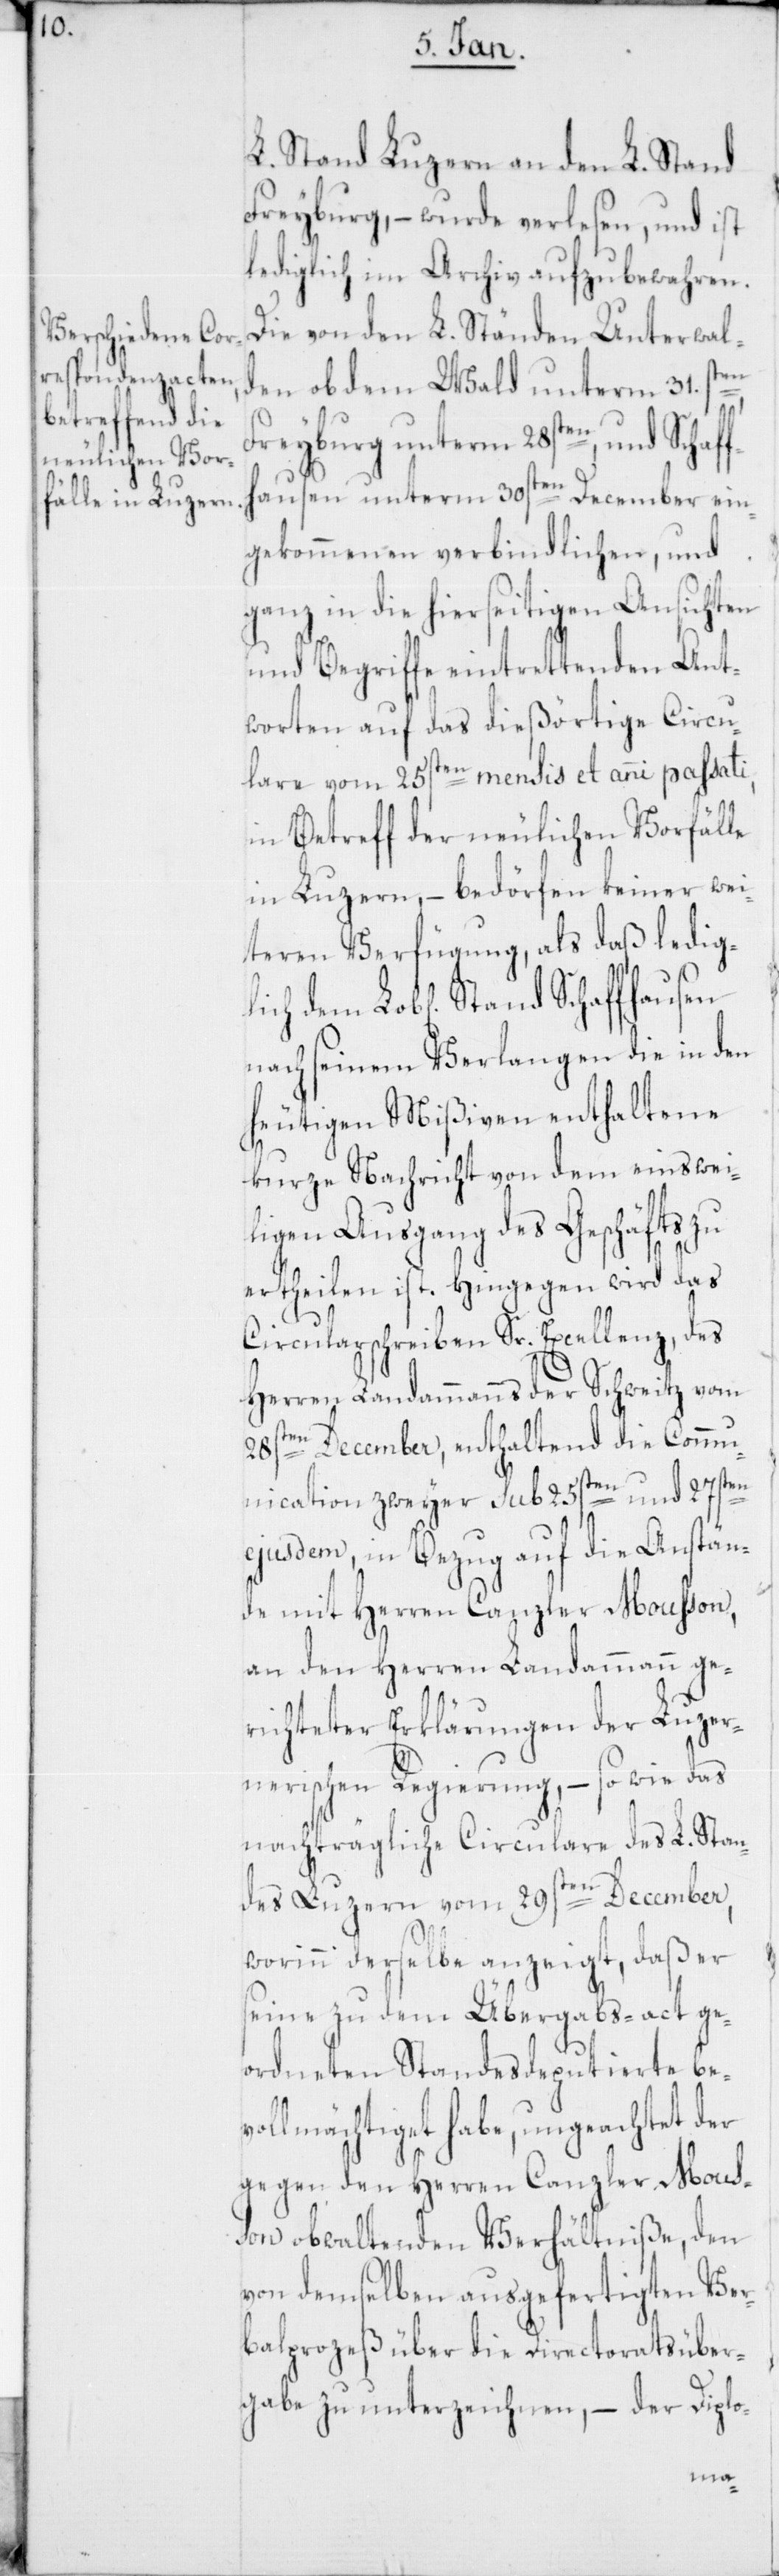
L. Stand Luzern an den L. Stand
Freyburg, – wurde verlesen, und ist
lediglich im Archiv aufzubewahren.
Die von den L. Ständen Unterwal¬
den ob dem Wald unterm 31.sten,
Freyburg unterm 28sten, und Schaff¬
hausen unterm 30sten December ein¬
gekommenen verbindlichen, und
ganz in die hierseitigen Ansichten
und Begriffe eintrettenden Ant¬
worten auf das dießörtige Circu¬
lare vom 25sten mensis et anni passati,
in Betreff der neulichen Vorfälle
in Luzern, – bedörfen keiner wei¬
teren Verfügung, als daß ledig¬
nach seinem Verlangen die in den
heutigen Mißiven enthaltene
kurze Nachricht von dem einswei¬
ligen Ausgang des Geschäfts zu
ertheilen ist. Hingegen wird das
Circularschreiben Sr. Excellenz, des
Herren Landammanns der Schweitz vom
lich
28sten December, enthaltend die Commu¬
nication zweyer sub 25sten und 27s¬
ejusdem, in Bezug auf die Anstän¬
de mit Herren Canzler Moußon,
an den Herren Landammann ge¬
richteter Erklärungen der Luzer¬
nerischen Regierung, – sowie das
nachträgliche Circulare des L. Stan¬
ten
des Luzern vom 29sten December,
worinn derselbe anzeigt, daß er
seine zu dem Übergabs-act ge¬
ordneten Standesdeputierte be¬
vollmächtiget habe, ungeachtet der
gegen den Herren Canzler Mous¬
son obwaltenden Verhältniße, den
von demselben ausgefertigten Ver¬
balprozeß über die Directoratsüber¬
gabe zu unterzeichnen, – der diplo-